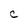
Character: C